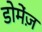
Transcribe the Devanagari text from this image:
डोमेंज़